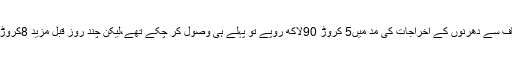
ڈی جے بٹ تحریک انصاف سے دھرنوں کے اخراجات کی مد میں5 کروڑ 90لاکھ روپے تو پہلے ہی وصول کر چکے تھے،لیکن چند روز قبل مزید 8کروڑ روپے کا مطالبہ کر ڈالا۔